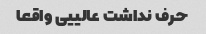
حرف نداشت عالییی واقعا